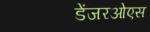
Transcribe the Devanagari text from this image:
डेंजरओएस